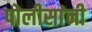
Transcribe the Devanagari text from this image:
पोलीसांनी